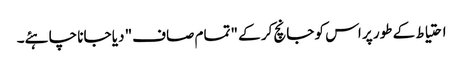
احتیاط کے طور پر اس کو جانچ کر کے "تمام صاف" دیا جانا چاہئے۔